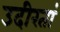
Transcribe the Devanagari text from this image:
उदीरतां